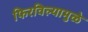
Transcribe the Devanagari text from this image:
फिरविल्यामुळे